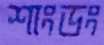
শাংডং